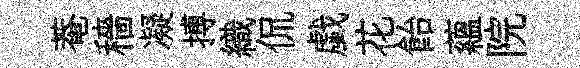
菴穡凝搏織侃戯花飴蘊院